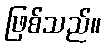
ဖြစ်သည်။